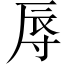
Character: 辱